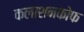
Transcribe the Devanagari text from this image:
कलाशनकोफ